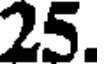
25.